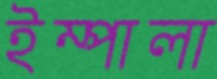
ইম্পালা